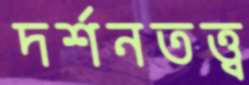
দর্শনতত্ত্ব